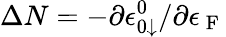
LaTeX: \Delta N=-\partial\epsilon_{0\downarrow}^{0}/\partial\epsilon_{\mathrm{~F~}}